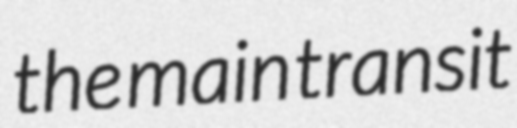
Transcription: the main transit